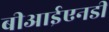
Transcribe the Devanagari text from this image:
बीआईएनडी